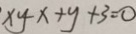
x y - x + y + 3 = 0